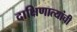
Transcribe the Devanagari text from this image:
दाक्षिणात्यांची